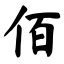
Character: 佰